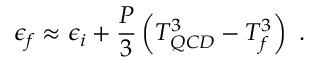
\epsilon _ { f } \approx \epsilon _ { i } + { \frac { P } { 3 } } \left( T _ { Q C D } ^ { 3 } - T _ { f } ^ { 3 } \right) ~ .